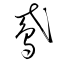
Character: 鳶